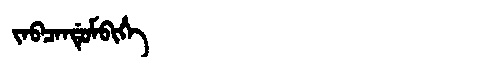
Manchu: ᠵᠠᠪᠴᠠᠨᡩᡠᠮᠪᡳᡥᡝ
Romanization: JABCANDUMBIHE